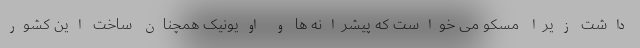
داشت زیرا مسکو می خواست که پیشرانه ها و اویونیک همچنان ساخت این کشور